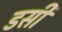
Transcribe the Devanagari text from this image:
डसी